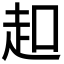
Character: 𧺚